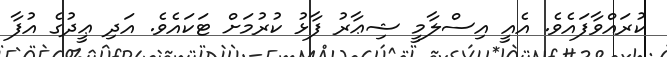
ކުރައްވާފައެވެ. އެއީ އިސްލާމީ ޝިޢާރު ފާޅު ކުރުމަށް ޓަކައެވެ. އަދި ޢީދުގެ އުފާ